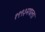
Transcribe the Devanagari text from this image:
१९९३मधला